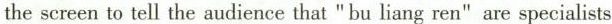
the screen to tell the audience that "bu liang ren" are specialists